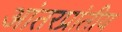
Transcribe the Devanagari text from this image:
आंतरप्रांतीय